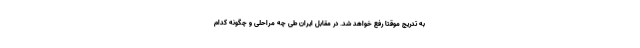
به تدریج موقتا رفع خواهد شد. در مقابل ایران طی چه مراحلی و چگونه کدام